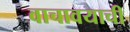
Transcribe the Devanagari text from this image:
वाचावयाचीं